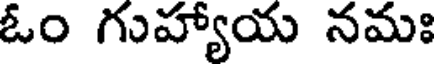
ఓం గుహ్యాయ నమః